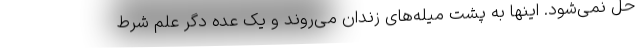
حل نمی‌شود. اینها به پشت میله‌های زندان می‌روند و یک عده دگر علم شرط